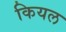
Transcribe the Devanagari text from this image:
कियल